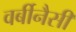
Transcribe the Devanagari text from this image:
वर्बीनैसी